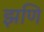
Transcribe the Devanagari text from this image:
झणि